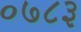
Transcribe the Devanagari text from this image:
०७८३